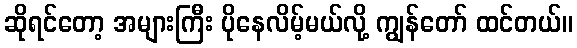
ဆိုရင်တော့ အများကြီး ပိုနေလိမ့်မယ်လို့ ကျွန်တော် ထင်တယ်။